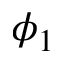
\phi _ { 1 }